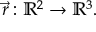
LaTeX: { \vec { r } } : { \mathbb { R } } ^ { 2 } \rightarrow { \mathbb { R } } ^ { 3 } .